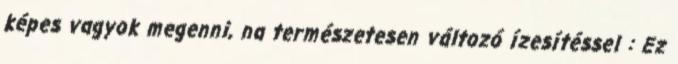
képes vagyok megenni, na természetesen változó ízesítéssel : Ez